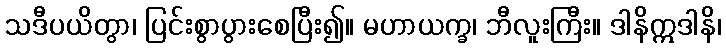
သဒီပယိတွာ၊ ပြင်းစွာပွားစေပြီး၍။ မဟာယက္ခ၊ ဘီလူးကြီး။ ဒါနိဣဒါနိ၊